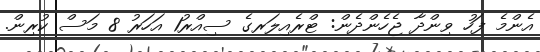
އެންމެ ފަހު ވިންދާ ޖެހެންދެން: ޓްރެއިލަރގެ ސިއްރު1 އަހަރު 8 މަސް ކުރިން.